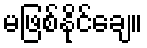
မဖြစ်နိုင်ချေ။